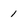
Character: I